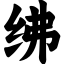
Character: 绋